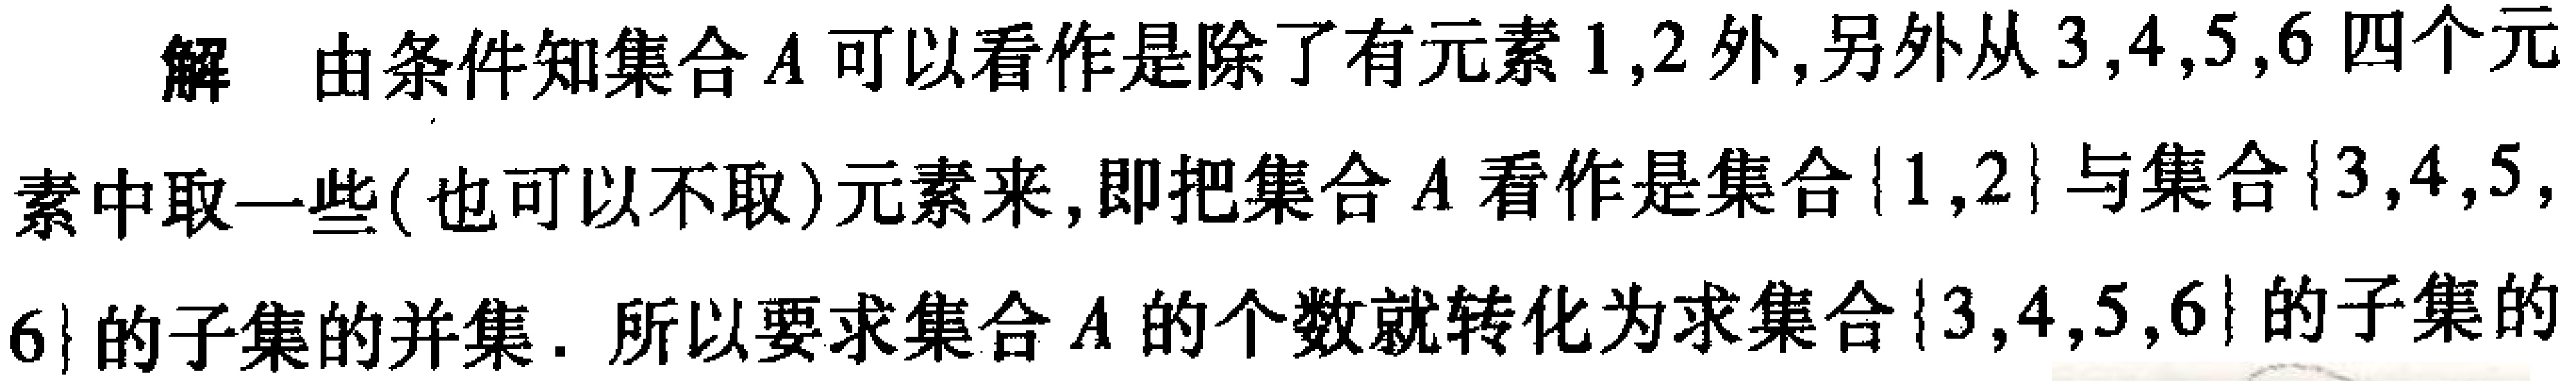
解 由条件知集合\(A\)可以看作是除了有元素\(1,2\)外,另外从\(3,4,5,6\)四个元素中取一些( 也可以不取)元素来,即把集合\(A\)看作是集合\(\{1,2\}\)与集合\(\{3,4,5,6\}\)的子集的并集. 所以要求集合\(A\)的个数就转化为求集合\(\{3,4,5,6\}\)的子集的